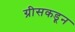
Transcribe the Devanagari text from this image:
ग्रीसकडून